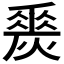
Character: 𤏀